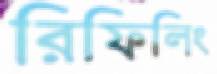
রিফিলিং